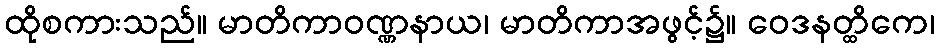
ထိုစကားသည်။ မာတိကာဝဏ္ဏနာယ၊ မာတိကာအဖွင့်၌။ ဝေဒနတ္ထိကေ၊